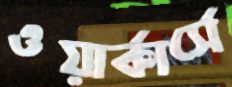
ওয়ার্কার্সে